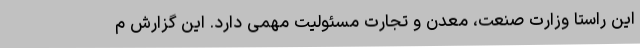
این راستا وزارت صنعت، معدن و تجارت مسئولیت مهمی دارد. این گزارش م